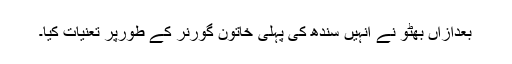
بعدازاں بھٹو نے انہیں سندھ کی پہلی خاتون گورنر کے طورپر تعنیات کیا۔